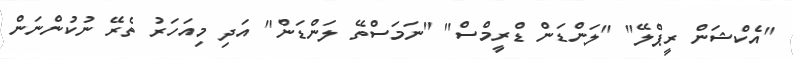
"އެކްޝަން ރީޕްލޭ" "ލަންޑަން ޑްރީމްސް" "ނަމަސްތޭ ލަންޑަން" އަދި މިއަހަރު ތެރޭ ނުކުންނަން